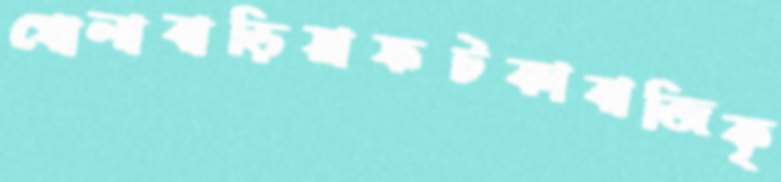
খোলাবাড়িয়াফটকাবাজিকৃ